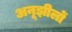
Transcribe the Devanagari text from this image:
अनूझीलों